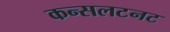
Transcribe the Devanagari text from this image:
कन्सलटनट